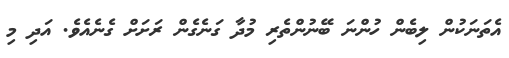
އެތަނަކުން ލިބެން ހުންނަ ބޭނުންތެރި މުދާ ގަނެގެން ރަށަށް ގެނެއެވެ. އަދި މި